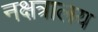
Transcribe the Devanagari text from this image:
नक्षत्रालय